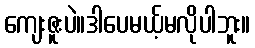
ကျေးဇူးပဲ။ဒါပေမယ့်မလိုပါဘူး။